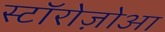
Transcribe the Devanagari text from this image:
स्टॉरोज़ोआ